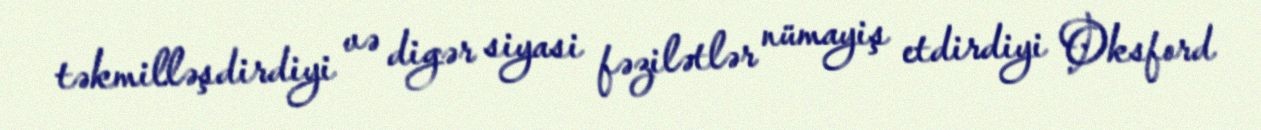
təkmilləşdirdiyi və digər siyasi fəzilətlər nümayiş etdirdiyi Oksford